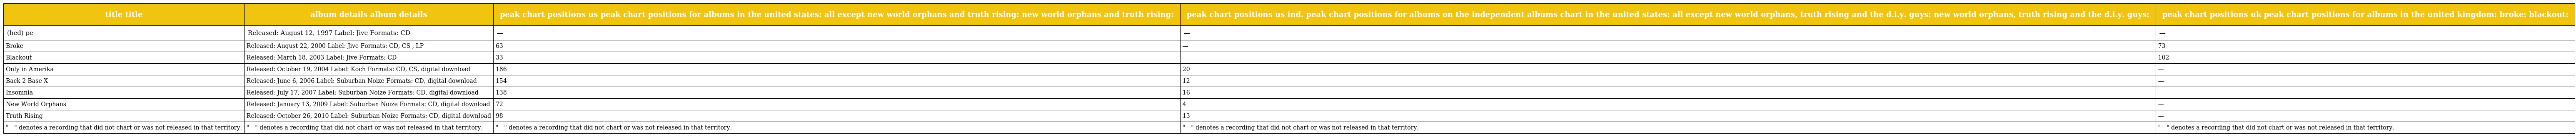
| title title | album details album details | peak chart positions us peak chart positions for albums in the united states: all except new world orphans and truth rising: new world orphans and truth rising: | peak chart positions us ind. peak chart positions for albums on the independent albums chart in the united states: all except new world orphans, truth rising and the d.i.y. guys: new world orphans, truth rising and the d.i.y. guys: | peak chart positions uk peak chart positions for albums in the united kingdom: broke: blackout: |
 | --- | --- | --- | --- | --- |
 | (hed) pe | Released: August 12, 1997 Label: Jive Formats: CD | — | — | — |
 | Broke | Released: August 22, 2000 Label: Jive Formats: CD, CS , LP | 63 | — | 73 |
 | Blackout | Released: March 18, 2003 Label: Jive Formats: CD | 33 | — | 102 |
 | Only in Amerika | Released: October 19, 2004 Label: Koch Formats: CD, CS, digital download | 186 | 20 | — |
 | Back 2 Base X | Released: June 6, 2006 Label: Suburban Noize Formats: CD, digital download | 154 | 12 | — |
 | Insomnia | Released: July 17, 2007 Label: Suburban Noize Formats: CD, digital download | 138 | 16 | — |
 | New World Orphans | Released: January 13, 2009 Label: Suburban Noize Formats: CD, digital download | 72 | 4 | — |
 | Truth Rising | Released: October 26, 2010 Label: Suburban Noize Formats: CD, digital download | 98 | 13 | — |
 | "—" denotes a recording that did not chart or was not released in that territory. | "—" denotes a recording that did not chart or was not released in that territory. | "—" denotes a recording that did not chart or was not released in that territory. | "—" denotes a recording that did not chart or was not released in that territory. | "—" denotes a recording that did not chart or was not released in that territory. |